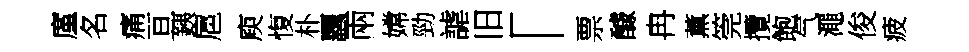
廑名痛亘銕扈庾愎朴覊兩嫦勁謔旧「票醵冉薰筦攬飽气澠俊疲